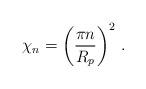
LaTeX: \begin{align*}\chi_n = \left( \frac{\pi n}{R_p} \right)^2 \,.\end{align*}